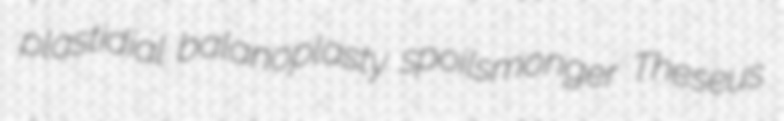
plastidial balanoplasty spoilsmonger Theseus